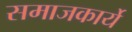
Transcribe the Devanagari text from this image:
समाजकार्ये